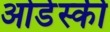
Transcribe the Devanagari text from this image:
ओर्डेस्की